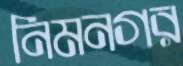
নিমনগর